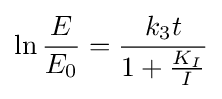
\ln {\frac {E}{E_{0}}}={\frac {k_{3}t}{1+{\frac {K_{I}}{I}}}}